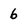
Character: 6